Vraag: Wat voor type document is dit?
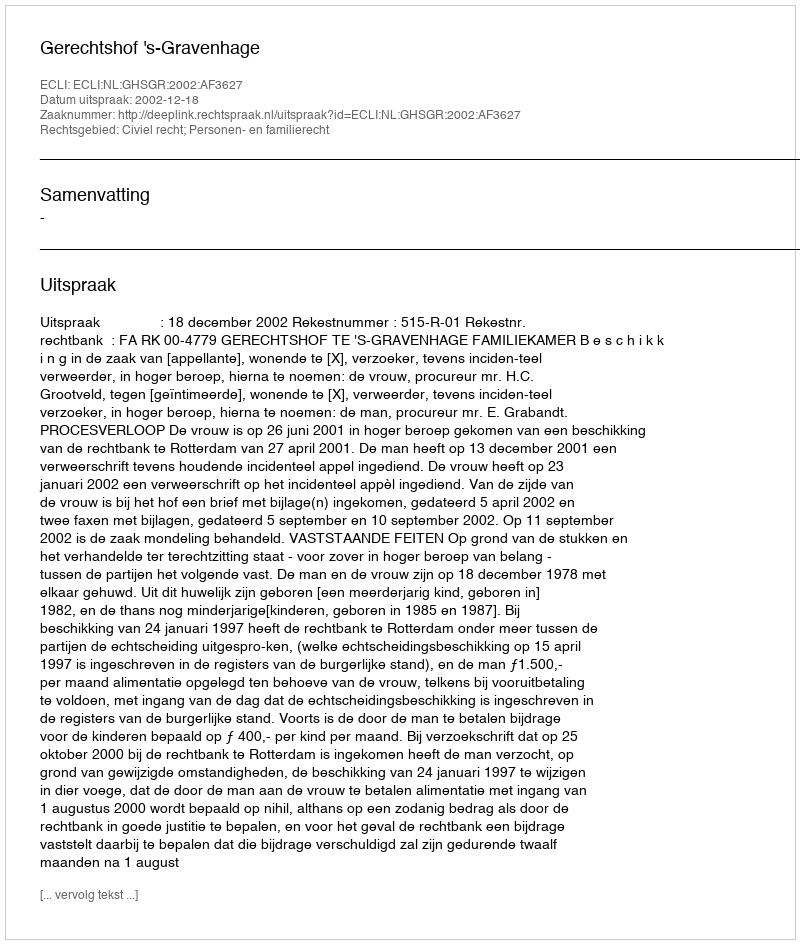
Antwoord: Uitspraak